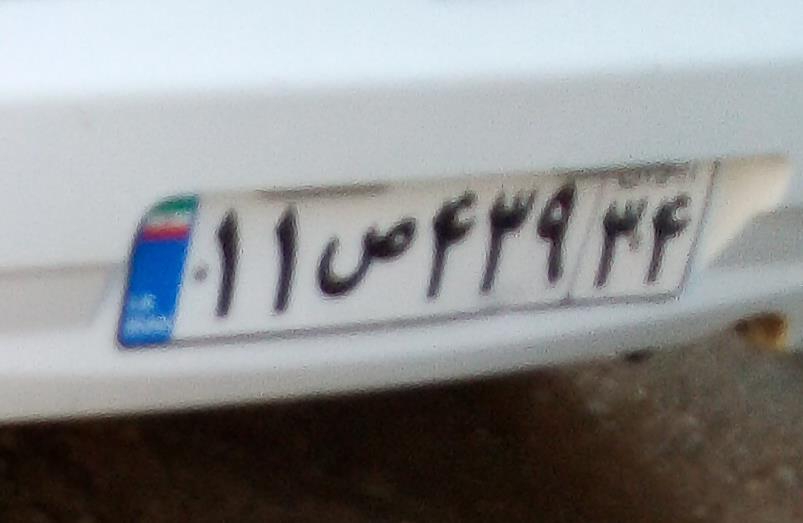
۱۱ص۴۳۹۳۴